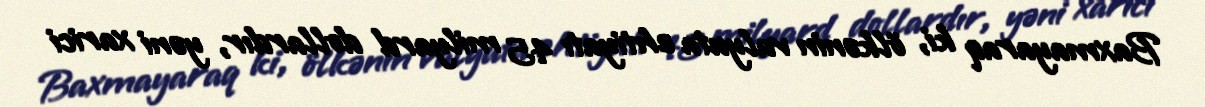
Baxmayaraq ki, ölkənin valyuta ehtiyatı 45 milyard dollardır, yəni xarici